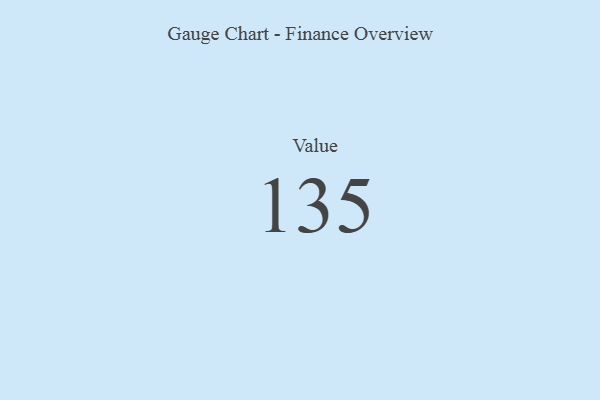
{"axis": {"x": "Metric", "y": "Value"}, "legend": [""], "data": [{"x": "Value", "y": 135, "type": ""}]}